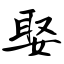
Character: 娶